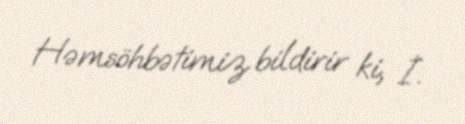
Həmsöhbətimiz bildirir ki, İ.